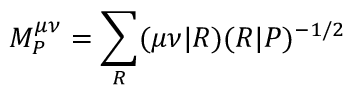
M _ { P } ^ { \mu \nu } = \sum _ { R } ( \mu \nu | R ) ( R | P ) ^ { - 1 / 2 }